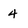
Character: 4